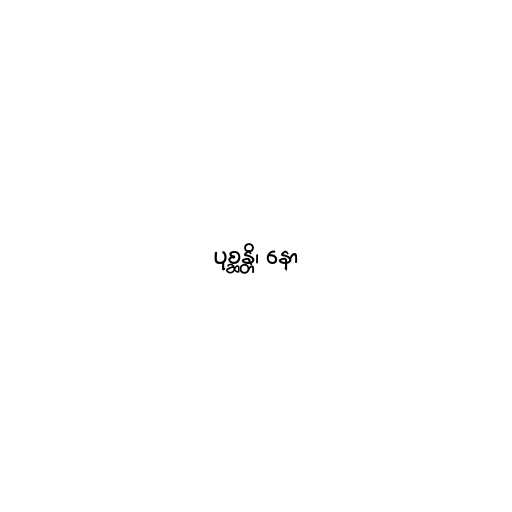
ပုစ္ဆန္တိ၊ နော